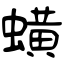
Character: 蟥